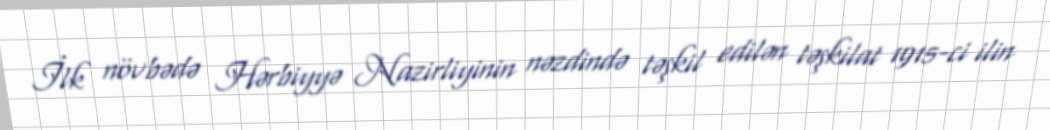
İlk növbədə Hərbiyyə Nazirliyinin nəzdində təşkil edilən təşkilat 1915-ci ilin